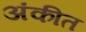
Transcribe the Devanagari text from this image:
अंकीत